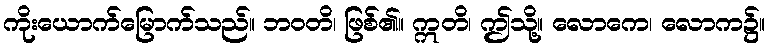
ကိုးယောက်မြောက်သည်။ ဘဝတိ၊ ဖြစ်၏။ ဣတိ၊ ဤသို့။ လောကေ၊ လောက၌။